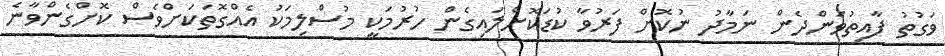
ވަގުތު ފާއިތުވަންދެން ނަމާދު ނުކޮށް ފަރުވާ ކުޑަކޮށްލައިގެން ހުރުމަކީ މުސްލިމަކު އެއްގޮތަކަށްވެސް ކޮށްގެންވާނެ